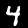
Label: 4